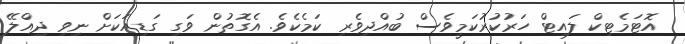
އޮޓަމެޓިކް ލައިޓް ހަރުކުރުކަމީވެސް ބުއްދިވެރި ކަމެކެވެ. އެގޮތުން ވަގި ގަޑިއަކަށް ނިވި ދިއްލޭ